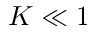
K \ll 1